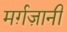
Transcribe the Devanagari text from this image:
मर्ग़ज़ानी